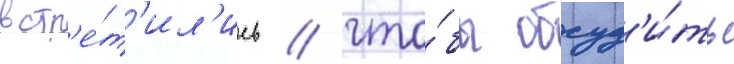
встр'е́т'ил'ись / что́бы обсуд'и́ть